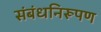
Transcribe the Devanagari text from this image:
संबंधनिरूपण